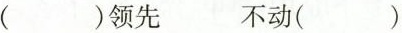
( )领先 不动( )